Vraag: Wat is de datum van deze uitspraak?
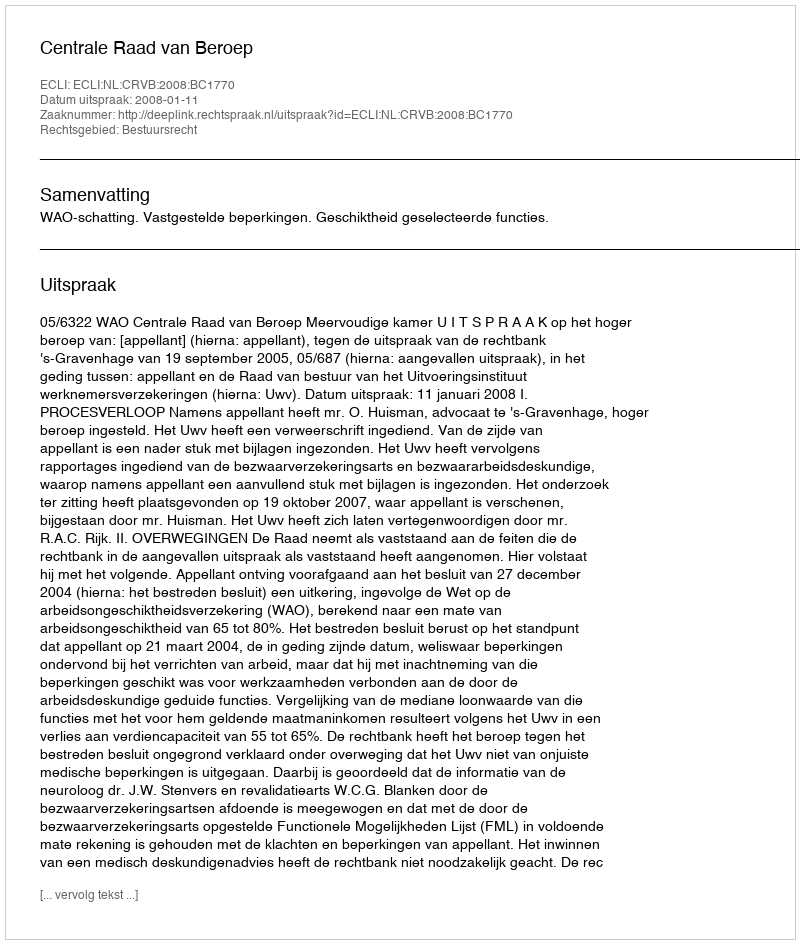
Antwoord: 2008-01-11